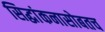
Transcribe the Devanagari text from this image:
सिद्धांकनासोबतच